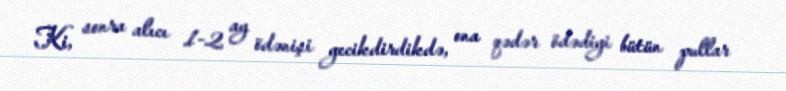
Ki, sonra alıcı 1-2 ay ödənişi gecikdirdikdə, ona qədər ödədiyi bütün pullar